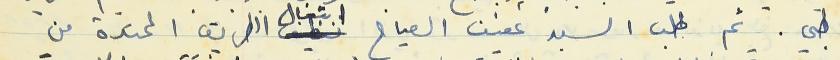
طبي. ثم طلب السيد عفيف الصياح اشغال الطريق الممتدة من